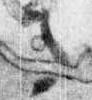
馬